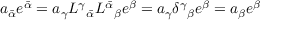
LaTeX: a _ { \bar { \alpha } } e ^ { \bar { \alpha } } = a _ { \gamma } L ^ { \gamma } { } _ { \bar { \alpha } } L ^ { \bar { \alpha } } { } _ { \beta } e ^ { \beta } = a _ { \gamma } \delta ^ { \gamma } { } _ { \beta } e ^ { \beta } = a _ { \beta } e ^ { \beta }